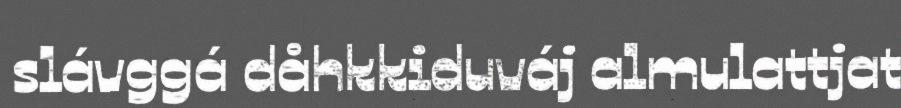
slávggá dåhkkiduváj almulattjat